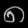
Digit: ၈